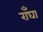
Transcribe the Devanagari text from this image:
राँघा